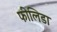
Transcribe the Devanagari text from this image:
फीलिडा